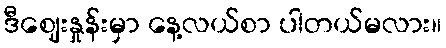
ဒီဈေးနှုန်းမှာ နေ့လယ်စာ ပါတယ်မလား။